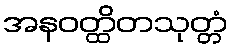
အနဝတ္ထိတသုတ္တံ